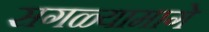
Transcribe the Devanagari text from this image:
सगळ्यामागे